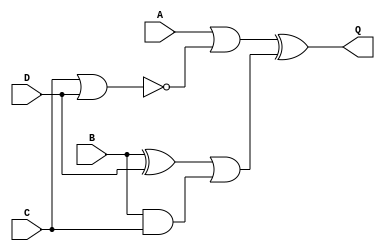
module post_lab(A,B,C,D,Q);

    input A,B,C,D;
    output Q;
    assign Q = (A|(!(C|D)))^((B^D)|(B&C));

endmodule